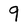
Character: 9